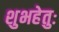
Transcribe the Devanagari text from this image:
शुभहेतुः